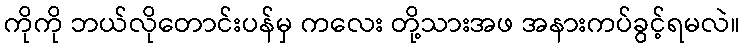
ကိုကို ဘယ်လိုတောင်းပန်မှ ကလေး တို့သားအဖ အနားကပ်ခွင့်ရမလဲ။